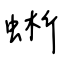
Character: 蜥